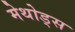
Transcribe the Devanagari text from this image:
मेथोड्स